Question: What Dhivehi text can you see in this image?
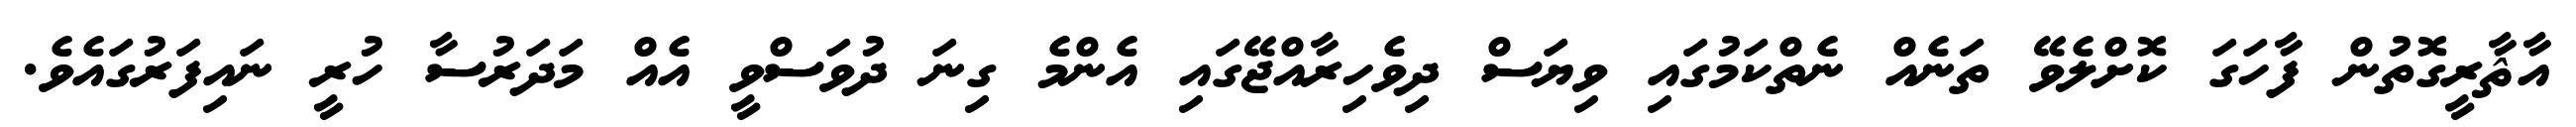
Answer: އާޘާރީގޮތުން ފާހަގަ ކޮށްލެވޭ ތަނެއް ނެތްކަމުގައި ވިޔަސް ދިވެހިރާއްޖޭގައި އެންމެ ގިނަ ދުވަސްވީ އެއް މަދަރުސާ ހުރީ ނައިފަރުގައެވެ.